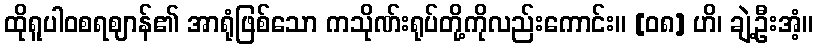
ထိုရူပါဝစရဈာန်၏ အာရုံဖြစ်သော ကသိုဏ်းရုပ်တို့ကိုလည်းကောင်း။ [၀၈] ဟိ၊ ချဲ့ဦးအံ့။